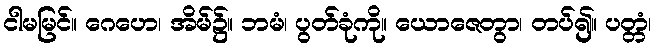
ငါမမြင်။ ဂေဟေ၊ အိမ်၌။ ဘမံ၊ ပွတ်ခုံကို။ ယောဇေတွာ၊ တပ်၍။ ပတ္တံ၊